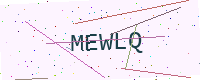
Text: MEWLQ